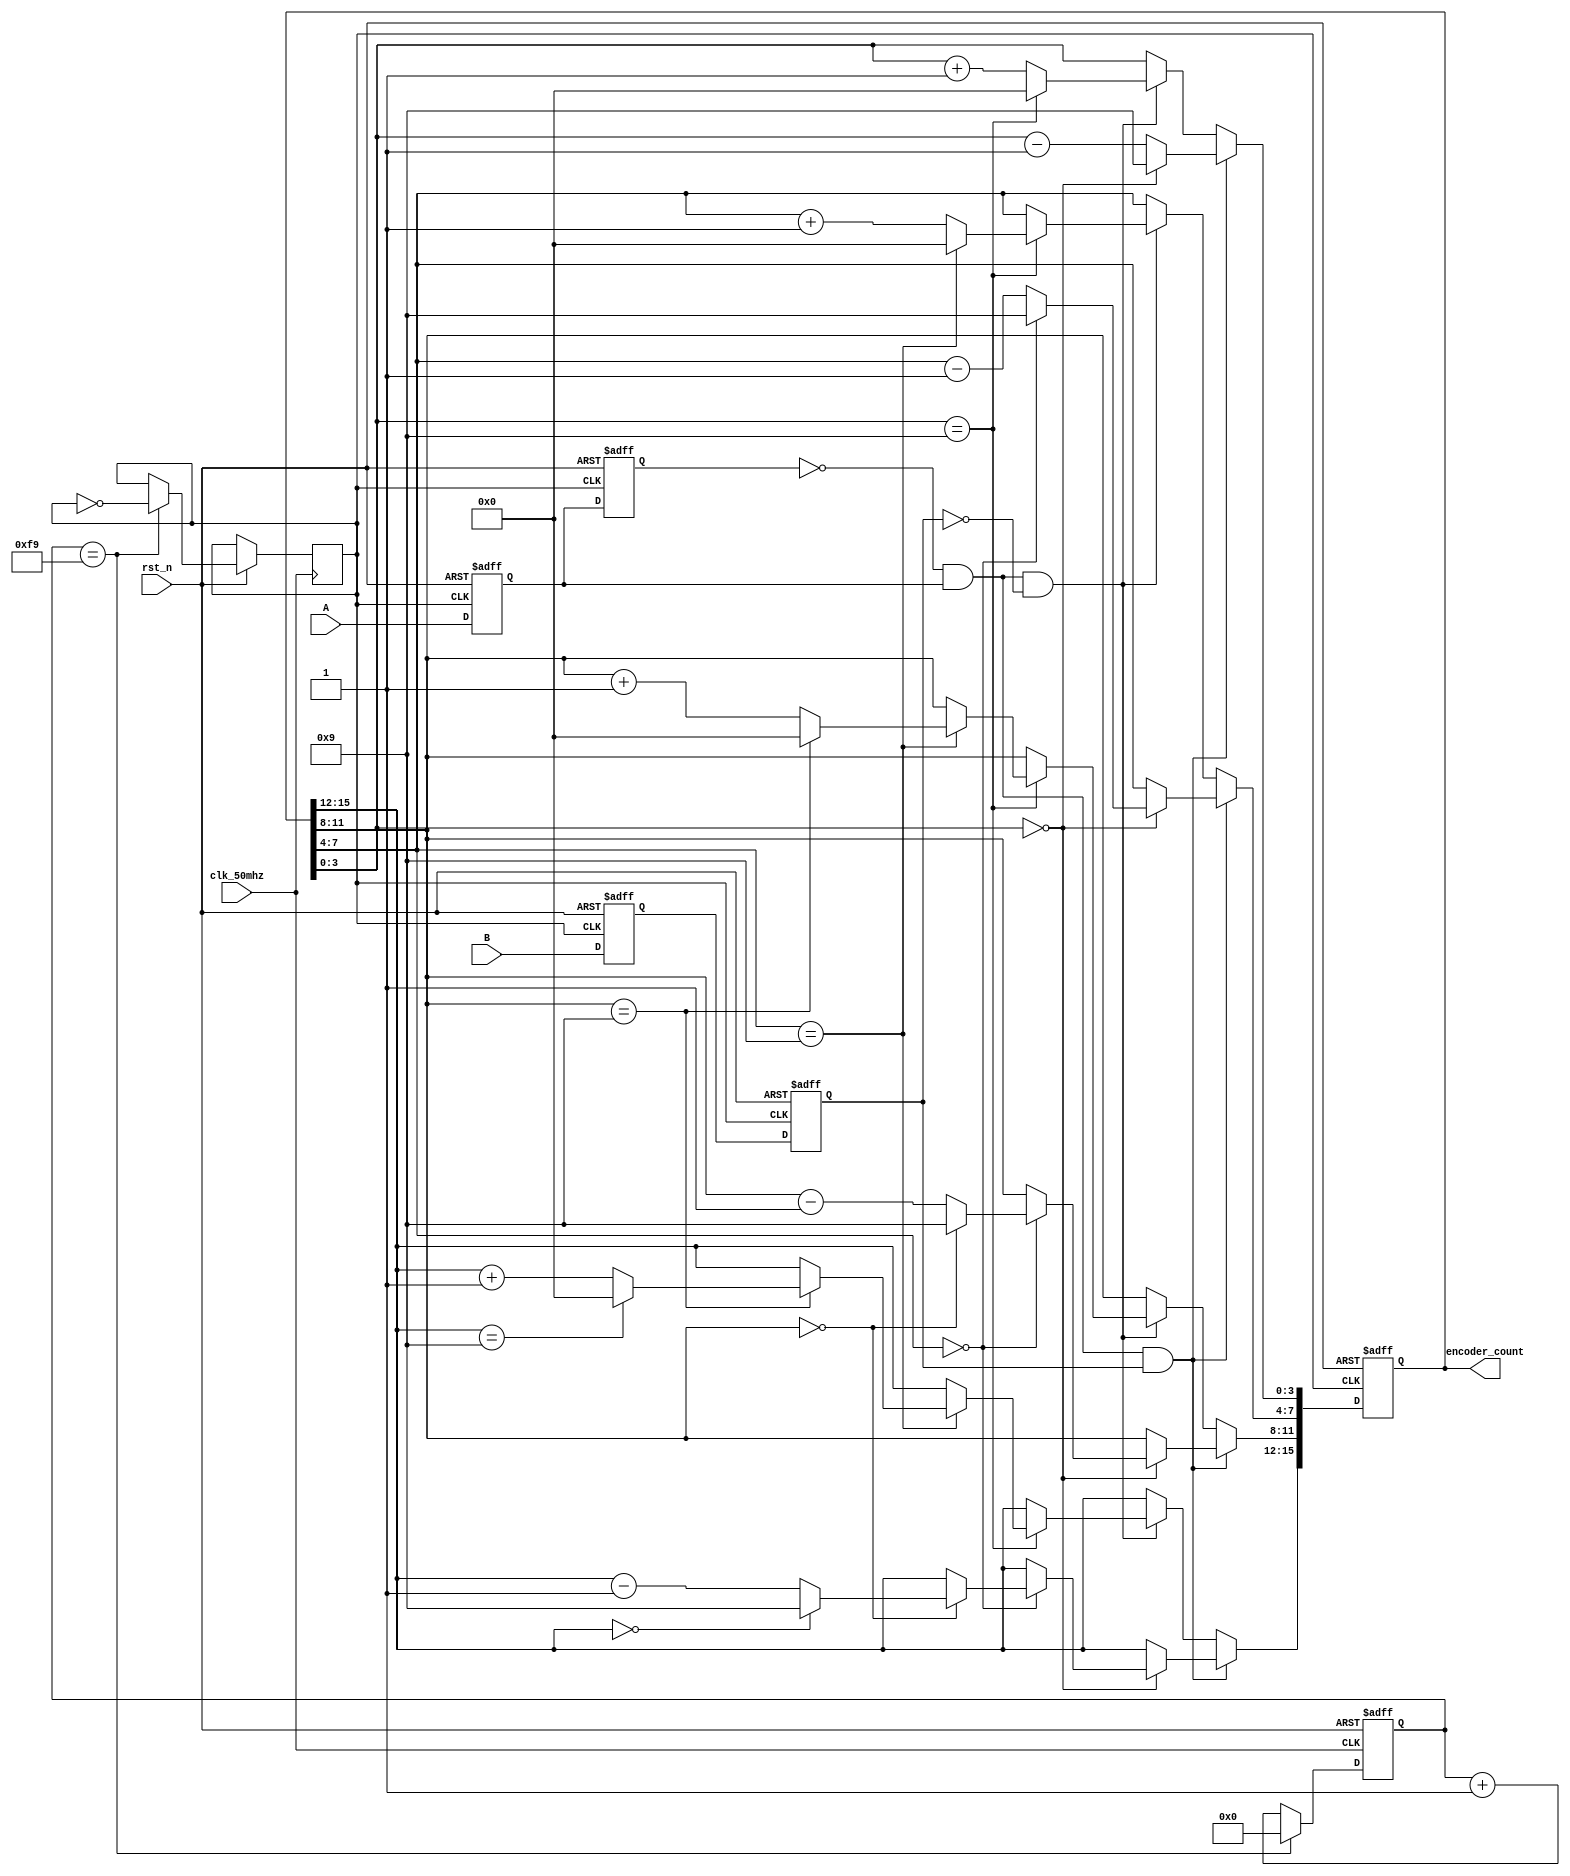
module encoder_module
(
	input clk_50mhz,
	input rst_n,
	input A,
	input B,
	
	output [15:0]encoder_count
);

reg clk_div; //
reg [7:0]cnt_div;
//-------------------------------------------
//
always@(posedge clk_50mhz or negedge rst_n)
begin
	if(!rst_n)
	begin
		cnt_div<=0;
	end
	else if(cnt_div==8'd249)
	begin
		cnt_div<=0;
		clk_div<=~clk_div;
	end
	else cnt_div<=cnt_div+1;
end
//--------------------------------------------
reg [15:0]encoder_cnt_reg;

wire posedge_A; //AAB0AB1
reg A_buff_1,A_buff_2;
reg B_buff_1,B_buff_2;

always@(posedge clk_div or negedge rst_n)
begin
	if(!rst_n)
	begin
		A_buff_1<=0;
		A_buff_2<=0;
		B_buff_1<=0;
		B_buff_2<=0;
	end
	else
	begin
		A_buff_1<=A;
		A_buff_2<=A_buff_1;
		B_buff_1<=B;
		B_buff_2<=B_buff_1;
	end
end

assign posedge_A = (A_buff_2==0)&&(A_buff_1==1);

//----------------------------------------------
//---
//16cnt40-9999
//
always@(posedge clk_div or negedge rst_n)
begin
	if(!rst_n)
	begin
		encoder_cnt_reg<=0;
	end	
	else if(posedge_A && B_buff_2)
	begin
		if(encoder_cnt_reg[3:0]==0)
		begin
			encoder_cnt_reg[3:0]<=9;
			if(encoder_cnt_reg[7:4]==0)
			begin
				encoder_cnt_reg[7:4]<=9;
				if(encoder_cnt_reg[11:8]==0)
				begin
					encoder_cnt_reg[11:8]<=9;
					if(encoder_cnt_reg[15:12]==0)
					begin
						encoder_cnt_reg[15:12]<=9;
					end
					else encoder_cnt_reg[15:12]<=encoder_cnt_reg[15:12]-1;
				end
				else encoder_cnt_reg[11:8]<=encoder_cnt_reg[11:8]-1;
			end
			else encoder_cnt_reg[7:4]<=encoder_cnt_reg[7:4]-1;
		end
		else encoder_cnt_reg[3:0]<=encoder_cnt_reg[3:0]-1;
	end
	else if(posedge_A && (~B_buff_2))
	begin
		if(encoder_cnt_reg[3:0]==9)
		begin
			encoder_cnt_reg[3:0]<=0;
			if(encoder_cnt_reg[7:4]==9)
			begin
				encoder_cnt_reg[7:4]<=0;
				if(encoder_cnt_reg[11:8]==9)
				begin
					encoder_cnt_reg[11:8]<=0;
					if(encoder_cnt_reg[15:12]==9)
					begin
						encoder_cnt_reg[15:12]<=0;
					end
					else encoder_cnt_reg[15:12]<=encoder_cnt_reg[15:12]+1;
				end
				else encoder_cnt_reg[11:8]<=encoder_cnt_reg[11:8]+1;
			end
			else encoder_cnt_reg[7:4]<=encoder_cnt_reg[7:4]+1;
		end
		else encoder_cnt_reg[3:0]<=encoder_cnt_reg[3:0]+1;
	end
	else encoder_cnt_reg<=encoder_cnt_reg;
end




assign encoder_count=encoder_cnt_reg;

endmodule